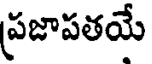
ప్రజాపతయే